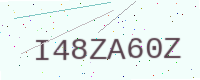
Text: I48ZA60Z